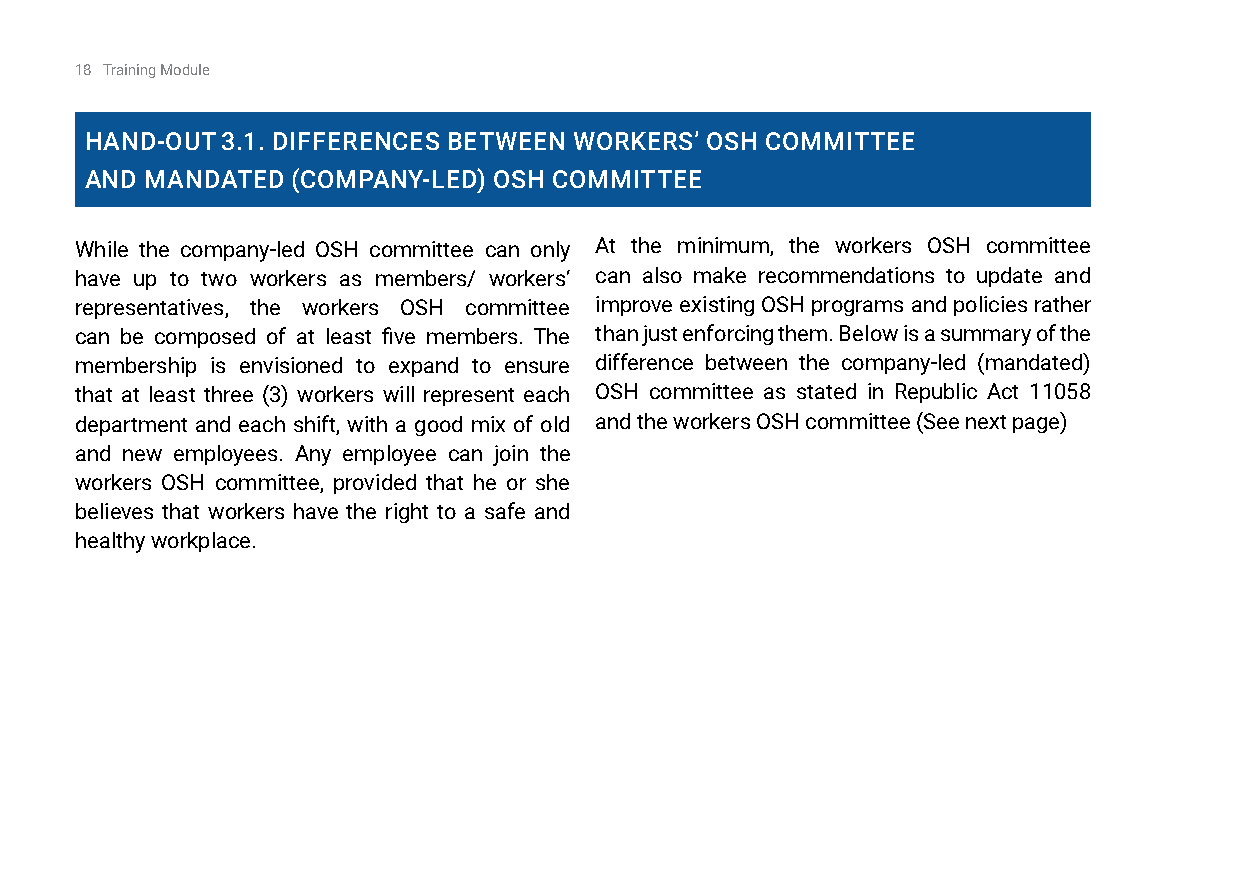
18 Training Module
 Hand-OuT 3.1. diffErEnCES BETWEEn WOrkErS’ OSH COMMiTTEE
 and MandaTEd (COMPany-lEd) OSH COMMiTTEE
 While the company-led OSH committee can only At the minimum, the workers OSH committee
 have up to two workers as members/ workers’ can also make recommendations to update and
 representatives, the workers OSH committee improve existing OSH programs and policies rather
 can be composed of at least five members. The than just enforcing them. Below is a summary of the
 membership is envisioned to expand to ensure difference between the company-led (mandated)
 that at least three (3) workers will represent each OSH committee as stated in Republic Act 11058
 department and each shift, with a good mix of old and the workers OSH committee (See next page)
 and new employees. Any employee can join the
 workers OSH committee, provided that he or she
 believes that workers have the right to a safe and
 healthy workplace.